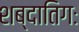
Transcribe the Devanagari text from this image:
शब्दातिगः